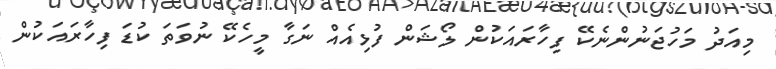
މިއަދު މަހުޖަނުންނެކޭ ފިހާރައަކުން ލޯޝަން ފުޅިއެއް ނަގާ މީހެކޭ ނުވަތަ ކުޑަ ފިހާރައަކުން